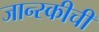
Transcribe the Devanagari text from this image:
जान्स्कीची